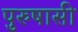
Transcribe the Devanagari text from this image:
पुरुषासी